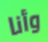
وأنا